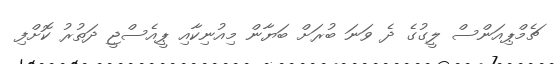
ޗެމްޕިއަންސް ލީގުގެ ދެ ވަނަ ބުރަށް ބަޔާން މިއުނިކާއި ޕީއެސްޖީ ދަތުރު ކޮށްފި